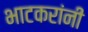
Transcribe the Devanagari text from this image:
भाटकरांनी